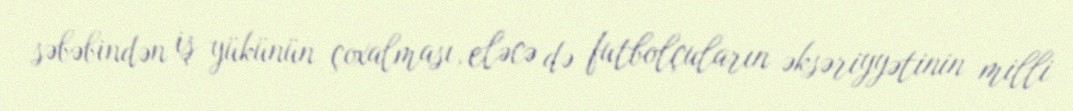
səbəbindən iş yükünün çoxalması, eləcə də futbolçuların əksəriyyətinin milli